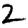
Digit: 2